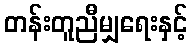
တန်းတူညီမျှရေးနှင့်